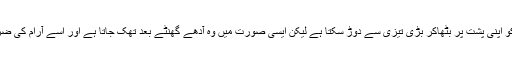
شترمرغ انسان کو اپنی پشت پر بٹھاکر بڑی تیزی سے دوڑ سکتا ہے لیکن ایسی صورت میں وہ آدھے گھنٹے بعد تھک جاتا ہے اور اسے آرام کی ضرورت ہوتی ہے۔